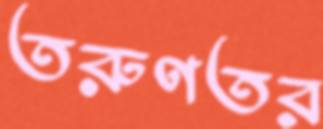
তরুণতর